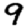
Digit: 9